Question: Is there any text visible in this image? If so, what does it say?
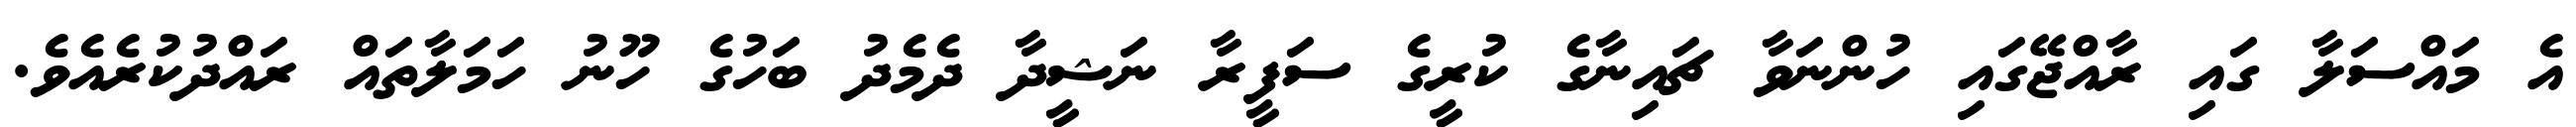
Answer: އެ މައްސަލާ ގައި ރާއްޖޭގައި ހުންނަވާ ޗައިނާގެ ކުރީގެ ސަފީރާ ނަޝީދާ ދެމެދު ބަހުގެ ހޫނު ހަމަލާތައް ރައްދުކުރެއެވެ.